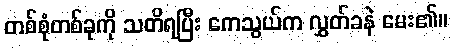
တစ်စုံတစ်ခုကို သတိရပြီး ကေသွယ်က လွှတ်ခနဲ မေး၏။